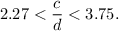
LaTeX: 2 . 2 7 < \frac { c } { d } < 3 . 7 5 .